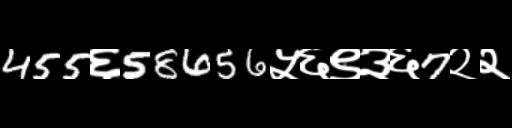
Text: 455६58656५६९३६7२२